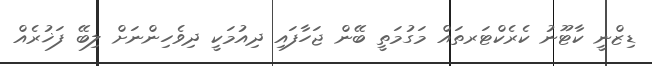
ޑިޒްނީ ކާޓޫނު ކެރެކްޓަރތައް މަގުމަތީ ބޭން ޖަހާފައި ދިއުމަކީ ދިވެހިންނަށް ލިބޭ ފަޚުރެއް